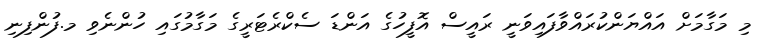
މި މަގާމަށް އައްޔަންކުރައްވާފައިވަނީ ރައީސް އޮފީހުގެ އަންޑަ ސެކްރެޓަރީގެ މަގާމުގައި ހުންނެވި މ.ފުންފިނި